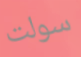
سولت